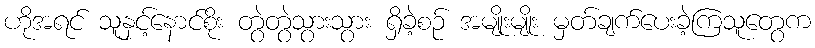
ဟိုအရင် သူနှင့်နောင်စိုး တွဲတွဲသွားသွား ရှိခဲ့စဉ် အမျိုးမျိုး မှတ်ချက်ပေးခဲ့ကြသူတွေက